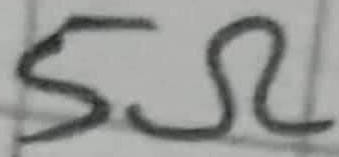
Text: 5Ω